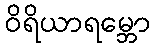
ဝိရိယာရမ္ဘော